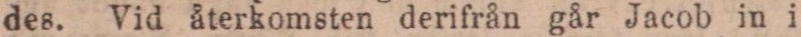
des. Vid återkomsten derifrån går Jacob in i